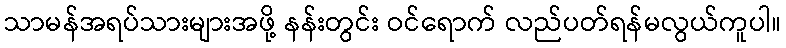
သာမန်အရပ်သားများအဖို့ နန်းတွင်း ဝင်ရောက် လည်ပတ်ရန်မလွယ်ကူပါ။